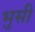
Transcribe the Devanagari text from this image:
भुसी